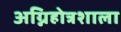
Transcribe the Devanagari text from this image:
अग्निहोत्रशाला